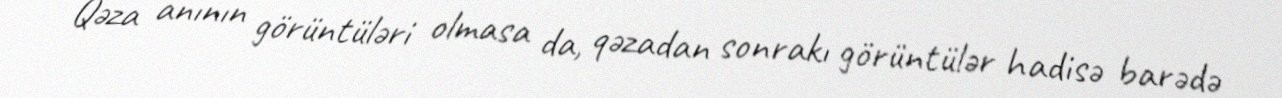
Qəza anının görüntüləri olmasa da, qəzadan sonrakı görüntülər hadisə barədə